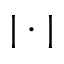
| \cdot |